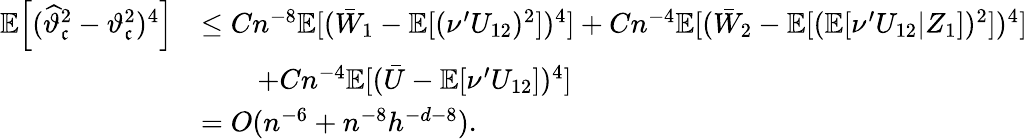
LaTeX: \begin{array}{rl}{\mathbb{E}\Big[(\widehat{\vartheta}_{\mathfrak{c}}^{2}-\vartheta_{\mathfrak{c}}^{2})^{4}\Big]}&{\leq Cn^{-8}\mathbb{E}[(\bar{W}_{1}-\mathbb{E}[(\nu^{\prime}U_{12})^{2}])^{4}]+Cn^{-4}\mathbb{E}[(\bar{W}_{2}-\mathbb{E}[(\mathbb{E}[\nu^{\prime}U_{12}|Z_{1}])^{2}])^{4}]}\\ &{\qquad+Cn^{-4}\mathbb{E}[(\bar{U}-\mathbb{E}[\nu^{\prime}U_{12}])^{4}]}\\ &{=O(n^{-6}+n^{-8}h^{-d-8}).}\end{array}